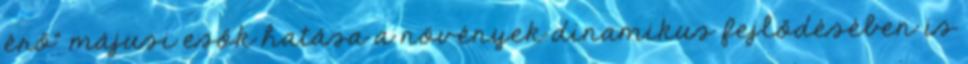
érő” májusi esők hatása a növények dinamikus fejlődésében is